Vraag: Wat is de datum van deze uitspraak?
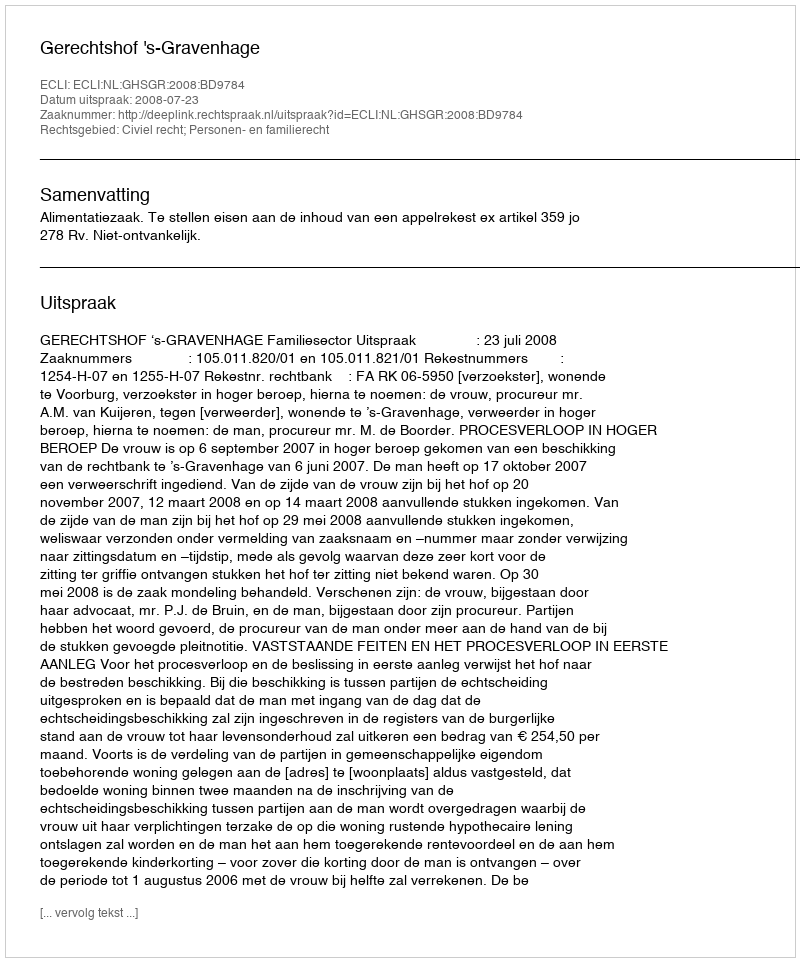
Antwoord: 2008-07-23